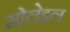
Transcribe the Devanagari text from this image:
सोलेइल